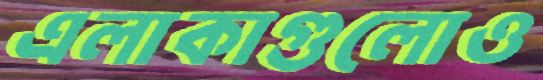
এলাকাগুলোও